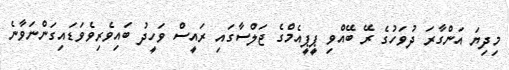
މިދިޔަ އަންގާރަ ދުވަހުގެ ރޭ ބޭއްވި ޕީޕީއެމްގެ ޖަލްސާގައި ރައީސް ވަހީދު ބައިވެރިވެވަޑައިގަންނަވާނެ